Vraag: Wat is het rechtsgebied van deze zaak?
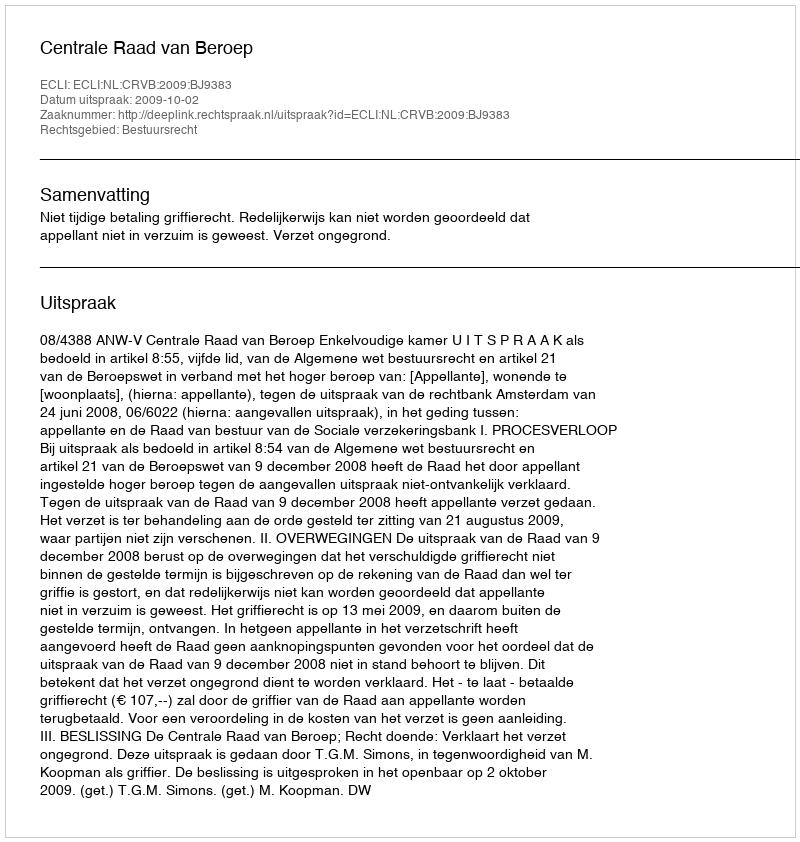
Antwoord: Bestuursrecht